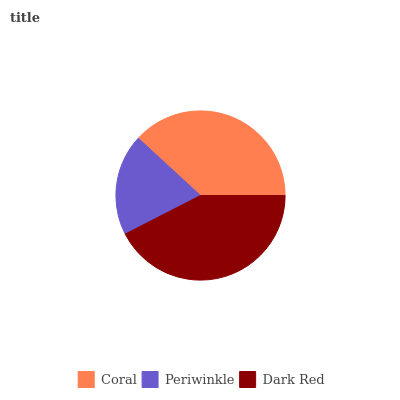
| Coral | Periwinkle | Dark Red |
 | --- | --- | --- |
 | 38.2% | 19.4% | 42.4% |